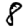
Digit: 8